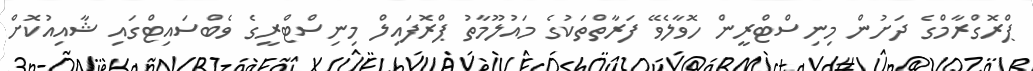
ޕްރޮގްރާމްގެ ދަށުން މިނިސްޓްރީން ހޮވާލެވޭ ފަރާތްތަކުގެ މައުލޫމާތު ޕްރޮފައިލް މިނިސްޓްރީގެ ވެބްސައިޓްގައި ޝާއިއުކޮށް